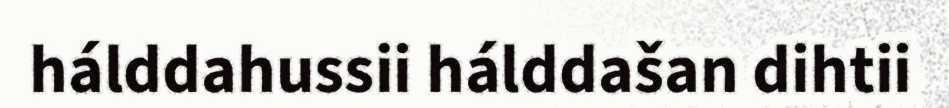
hálddahussii hálddašan dihtii